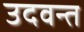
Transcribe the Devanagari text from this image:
उदवन्त